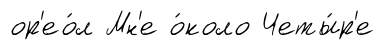
ор'ео́л Мн'е о́коло Четы́р'е